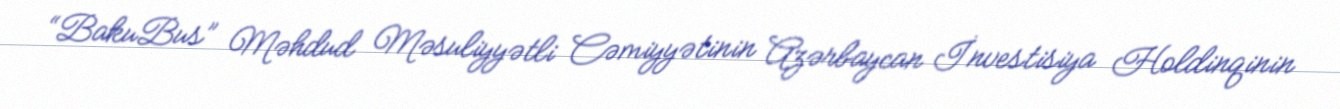
“BakuBus” Məhdud Məsuliyyətli Cəmiyyətinin Azərbaycan İnvestisiya Holdinqinin